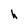
Character: h